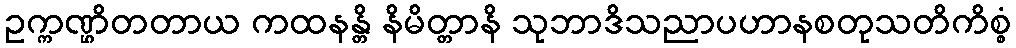
ဥက္ကဏ္ဌိတတာယ ကထနန္တိ နိမိတ္တာနိ သုဘာဒိသညာပဟာနစတုသတိကိစ္စံ